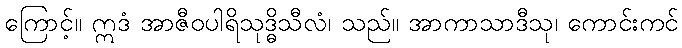
ကြောင့်။ ဣဒံ အာဇီဝပါရိသုဒ္ဓိသီလံ၊ သည်။ အာကာသာဒီသု၊ ကောင်းကင်